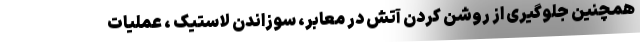
همچنین جلوگیری از روشن کردن آتش در معابر، سوزاندن لاستیک ، عملیات